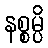
နစ္စမ္ပိ